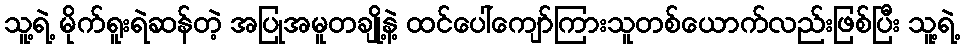
သူ့ရဲ့ မိုက်ရူးရဲဆန်တဲ့ အပြုအမူတချို့နဲ့ ထင်ပေါ်ကျော်ကြားသူတစ်ယောက်လည်းဖြစ်ပြီး သူ့ရဲ့